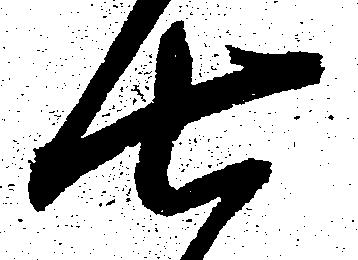
七